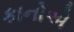
કાનોએ